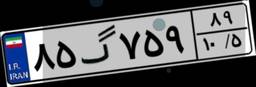
۸۵گ۷۵۹۸۹